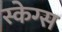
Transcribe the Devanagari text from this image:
स्केग्स